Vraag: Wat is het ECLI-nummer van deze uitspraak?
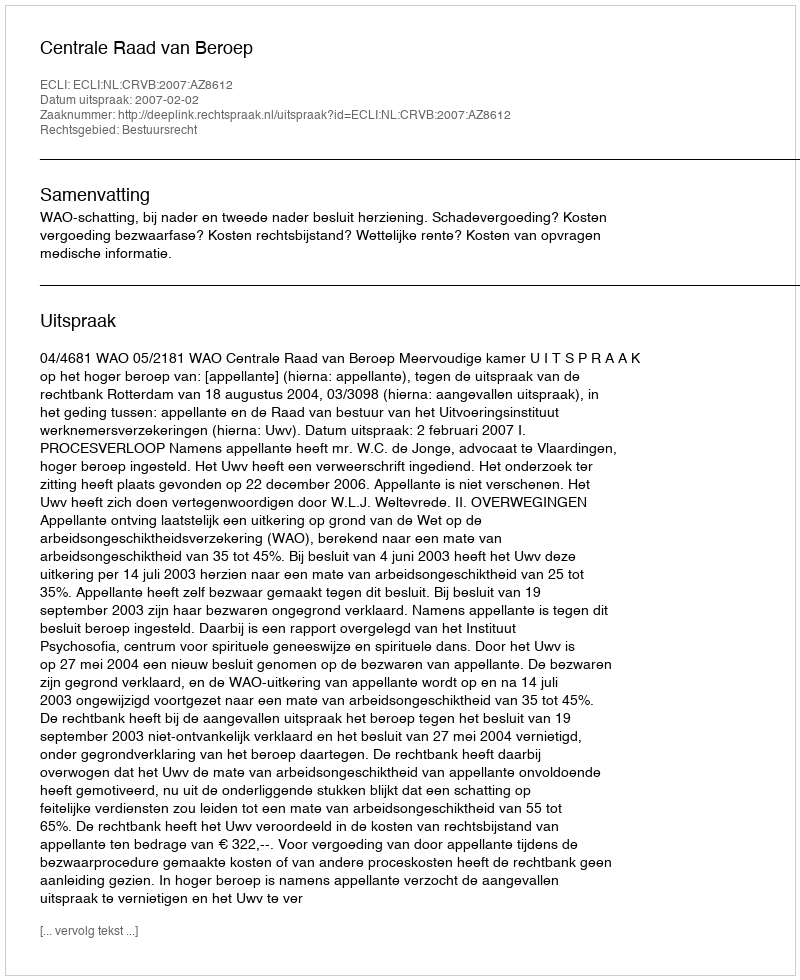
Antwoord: ECLI:NL:CRVB:2007:AZ8612